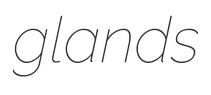
glands